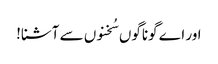
اور اے گوناگوں سُخنوں سے آشنا!